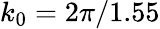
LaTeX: k_{0}=2\pi/1.55